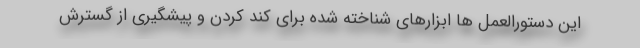
این دستورالعمل ها ابزارهای شناخته شده برای کند کردن و پیشگیری از گسترش